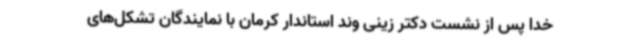
خدا پس از نشست دکتر زینی وند استاندار کرمان با نمایندگان تشکل‌های